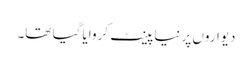
دیواروں پر نیا پینٹ کروایا گیا تھا۔